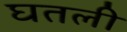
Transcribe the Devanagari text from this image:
घतली